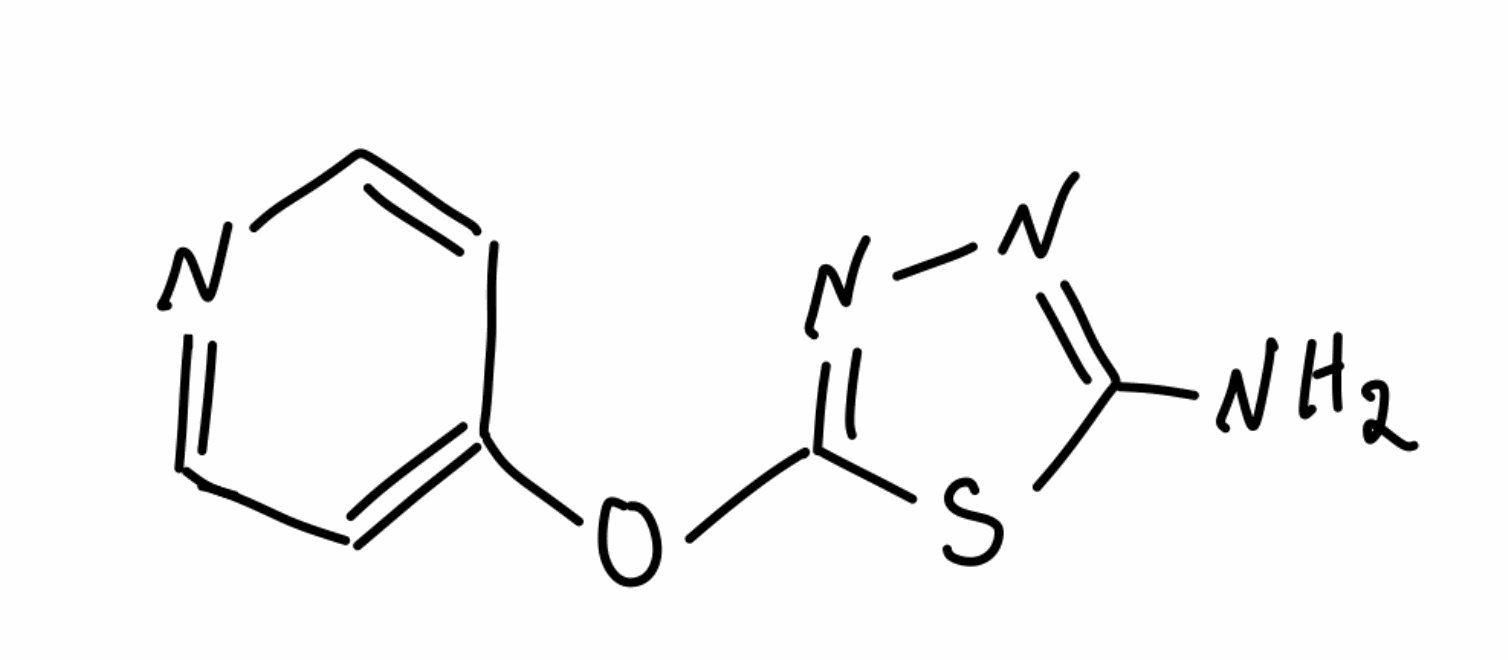
Simplified molecular-input line-entry system (SMILES) notation of the given molecule:
C1=CN=CC=C1OC2=NN=C(S2)N